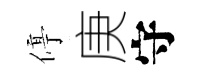
停庚守